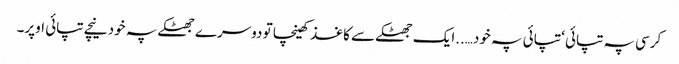
کرسی پہ تپائی ‘ تپائی پہ خود…..ایک جھٹکے سے کاغذ کھینچا تو دوسرے جھٹکے پہ خود نیچے تپائی اوپر۔